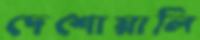
দেশোয়ালি